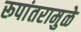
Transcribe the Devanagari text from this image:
रूपांतरामुळे